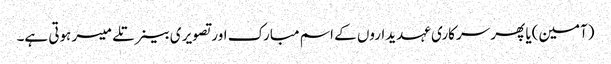
(آمین)یا پھر سرکاری عہدیداروں کے اسم مبارک اور تصویر ی بینر تلے میسر ہوتی ہے۔